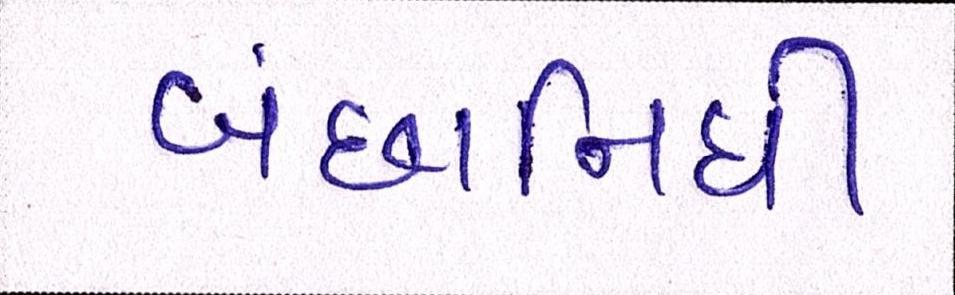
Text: બંછાનિધી